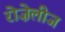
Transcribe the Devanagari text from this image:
रोज़ेलीज